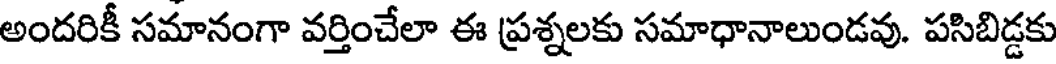
అందరికీ సమానంగా వర్తించేలా ఈ ప్రశ్నలకు సమాధానాలుండవు. పసిబిడ్డకు